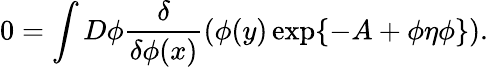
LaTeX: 0=\int D\phi\frac{\delta}{\delta\phi(x)}(\phi(y)\exp\{ -A+\phi\eta\phi\} ).